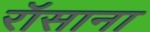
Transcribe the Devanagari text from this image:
रॉसाना